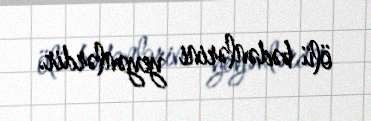
ölü bədənlərini yeyənlərdir.